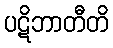
ပဋိဘာတီတိ